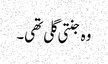
وہ جنتی گلی تھی۔